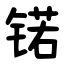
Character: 锘